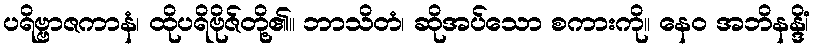
ပရိဗ္ဗာဇကာနံ၊ ထိုပရိဗိုဇ်တို့၏။ ဘာသိတံ၊ ဆိုအပ်သော စကားကို။ နေဝ အဘိနန္ဒိံ၊